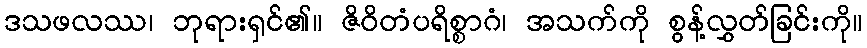
ဒသဖလဿ၊ ဘုရားရှင်၏။ ဇိဝိတံပရိစ္စာဂံ၊ အသက်ကို စွန့်လွှတ်ခြင်းကို။